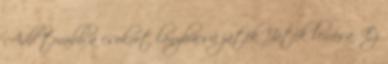
Add tovább a csokrot lánybúcsú játék Játék leírása: Ez